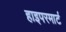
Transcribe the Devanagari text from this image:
हाइपरमार्ट